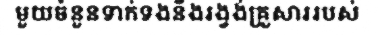
មួយចំនួនទាក់ទងនឹងរង្វង់គ្រួសាររបស់